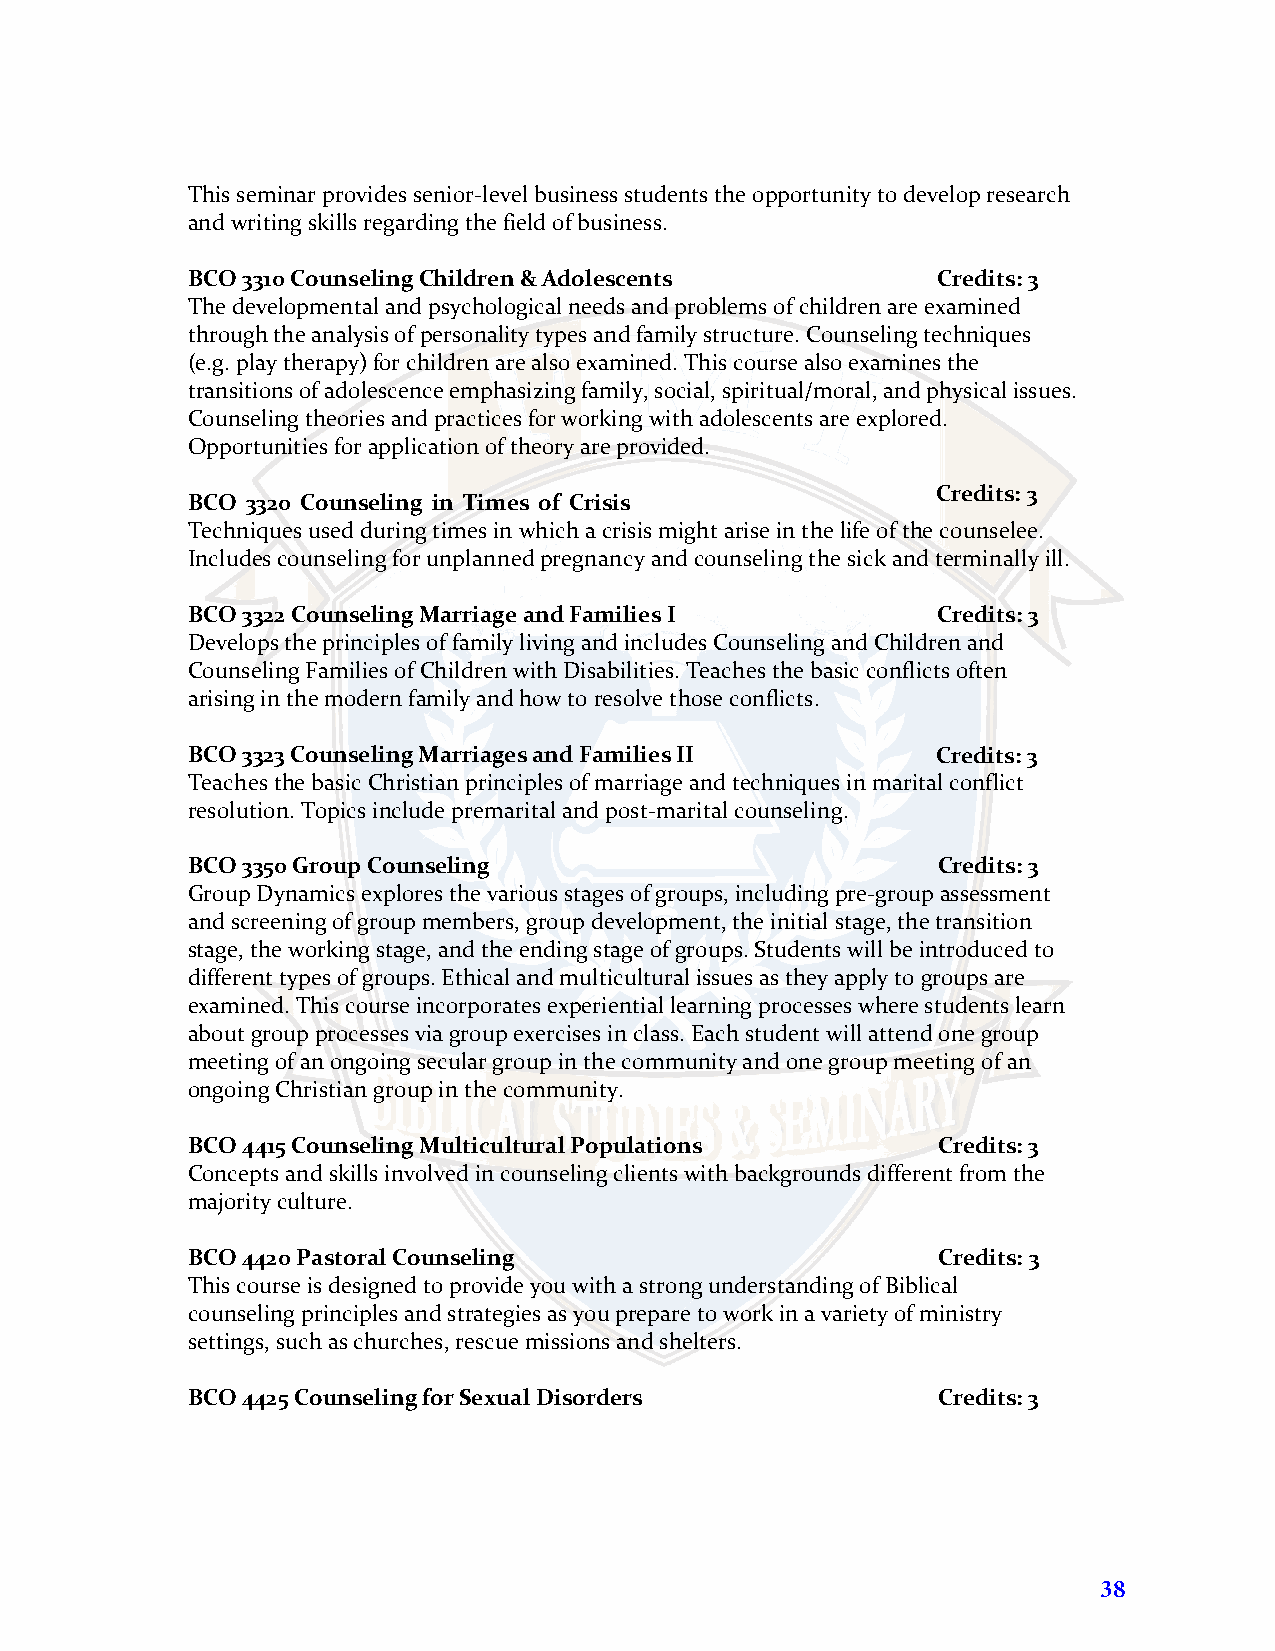
This seminar provides senior-level business students the opportunity to develop research
 and writing skills regarding the field of business.
 BCO 3310 Counseling Children & Adolescents        Credits: 3
 The developmental and psychological needs and problems of children are examined
 through the analysis of personality types and family structure. Counseling techniques
 (e.g. play therapy) for children are also examined. This course also examines the
 transitions of adolescence emphasizing family, social, spiritual/moral, and physical issues.
 Counseling theories and practices for working with adolescents are explored.
 Opportunities for application of theory are provided.
 Credits: 3
 BCO 3320 Counseling in Times of Crisis
 Techniques used during times in which a crisis might arise in the life of the counselee.
 Includes counseling for unplanned pregnancy and counseling the sick and terminally ill.
 BCO 3322 Counseling Marriage and Families I       Credits: 3
 Develops the principles of family living and includes Counseling and Children and
 Counseling Families of Children with Disabilities. Teaches the basic conflicts often
 arising in the modern family and how to resolve those conflicts.
 BCO 3323 Counseling Marriages and Families II     Credits: 3
 Teaches the basic Christian principles of marriage and techniques in marital conflict
 resolution. Topics include premarital and post-marital counseling.
 BCO 3350 Group Counseling                         Credits: 3
 Group Dynamics explores the various stages of groups, including pre-group assessment
 and screening of group members, group development, the initial stage, the transition
 stage, the working stage, and the ending stage of groups. Students will be introduced to
 different types of groups. Ethical and multicultural issues as they apply to groups are
 examined. This course incorporates experiential learning processes where students learn
 about group processes via group exercises in class. Each student will attend one group
 meeting of an ongoing secular group in the community and one group meeting of an
 ongoing Christian group in the community.
 BCO 4415 Counseling Multicultural Populations     Credits: 3
 Concepts and skills involved in counseling clients with backgrounds different from the
 majority culture.
 BCO 4420 Pastoral Counseling                      Credits: 3
 This course is designed to provide you with a strong understanding of Biblical
 counseling principles and strategies as you prepare to work in a variety of ministry
 settings, such as churches, rescue missions and shelters.
 BCO 4425 Counseling for Sexual Disorders          Credits: 3
 38